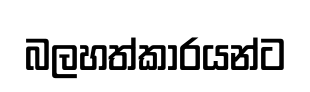
බලහත්කාරයන්ට